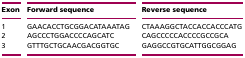
<table><thead><tr><td><b>Exon</b></td><td><b>Forward sequence</b></td><td><b>Reverse sequence</b></td></tr></thead><tbody><tr><td>1</td><td>GAACACCTGCGGACATAAATAG</td><td>CTAAAGGCTACCACCACCCATG</td></tr><tr><td>2</td><td>AGCCCTGGACCCCAGCATC</td><td>CAGCCCCCACCCCGCCGCA</td></tr><tr><td>3</td><td>GTTTGCTGCAACGACGGTGC</td><td>GAGGCCGTGCATTGGCGGAG</td></tr></tbody></table>